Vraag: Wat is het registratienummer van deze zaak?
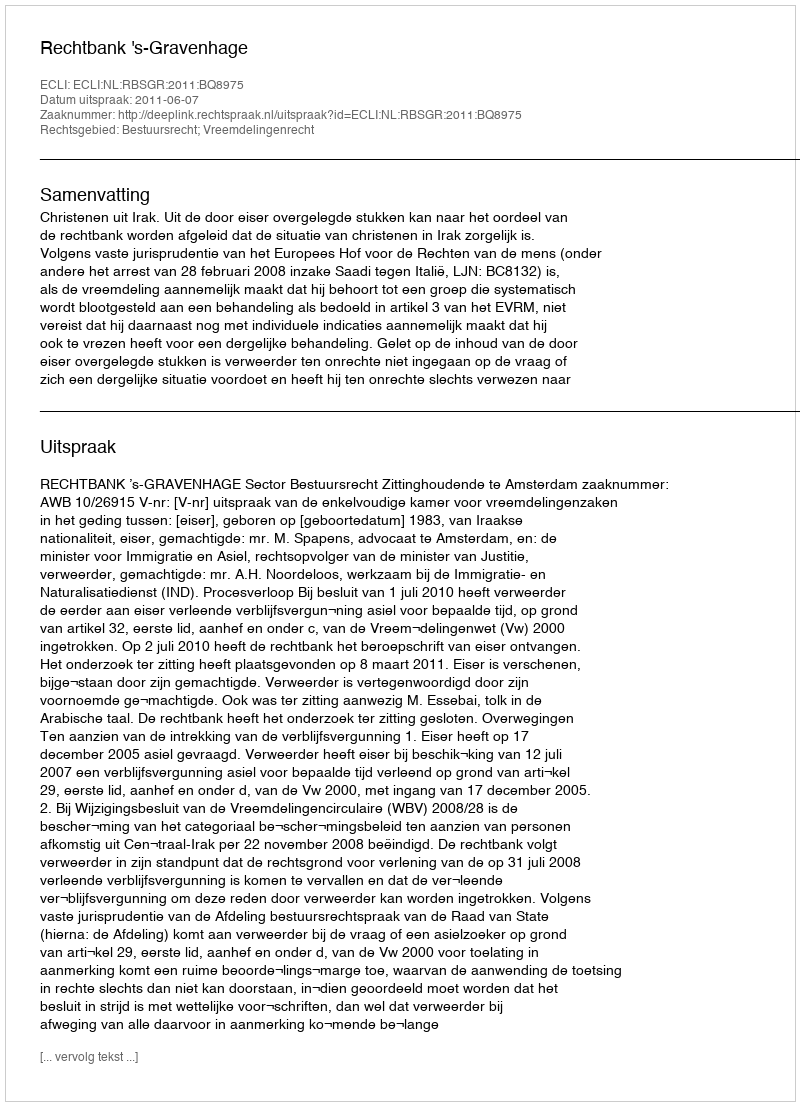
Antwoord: http://deeplink.rechtspraak.nl/uitspraak?id=ECLI:NL:RBSGR:2011:BQ8975